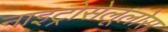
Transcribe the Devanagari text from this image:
नाइट्रोसेलूलोस